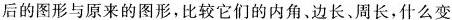
后的图形与原来的图形，比较它们的内角。边长、周长，什么变